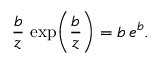
\frac { b } { z } \, \exp \! \left( \frac { b } { z } \right) = b \, e ^ { b } .